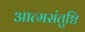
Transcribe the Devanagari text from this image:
आत्मसंतुष्टि